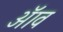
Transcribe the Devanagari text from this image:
ॲाव